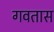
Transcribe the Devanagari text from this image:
गवतास